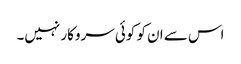
اس سے ان کو کوئی سروکار نہیں۔